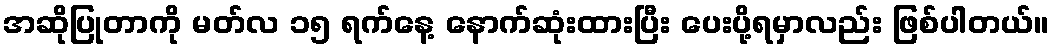
အဆိုပြုတာကို မတ်လ ၁၅ ရက်နေ့ နောက်ဆုံးထားပြီး ပေးပို့ရမှာလည်း ဖြစ်ပါတယ်။